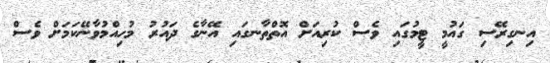
އިނގިރޭސި ގައުމީ ޓީމުގައި ވެސް ކުރިއަށް އޮތްތާނގައި އޭނާގެ ދައުރު މުހިއްމުވާނޭކަމަށް ވެސް